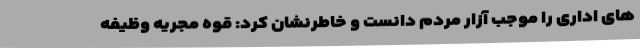
های اداری را موجب آزار مردم دانست و خاطرنشان کرد: قوه مجریه وظیفه